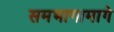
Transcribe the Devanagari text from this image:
समभागामागे